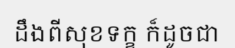
ដឹងពីសុខទក្ខ ក៏ដូចជា